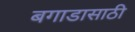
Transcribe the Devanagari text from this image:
बगाडासाठी